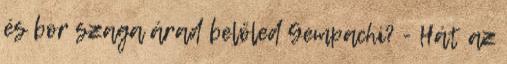
és bor szaga árad belőled Gempachi? - Hát az